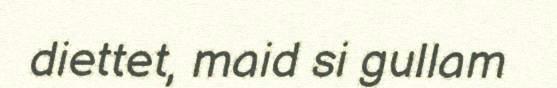
diettet, maid si gullam